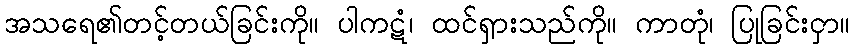
အသရေ၏တင့်တယ်ခြင်းကို။ ပါကဋံ၊ ထင်ရှားသည်ကို။ ကာတုံ၊ ပြုခြင်းငှာ။